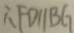
\therefore F D / / B G